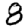
Digit: 8